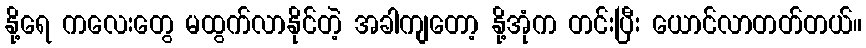
နို့ရေ ကလေးတွေ မထွက်လာနိုင်တဲ့ အခါကျတော့ နို့အုံက တင်းပြီး ယောင်လာတတ်တယ်။